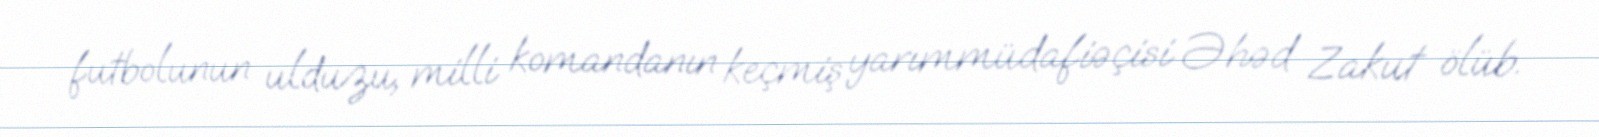
futbolunun ulduzu, milli komandanın keçmiş yarımmüdafiəçisi Əhəd Zakut ölüb.